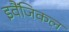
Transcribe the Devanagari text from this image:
इवैंजिकल